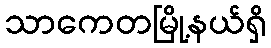
သာကေတမြို့နယ်ရှိ